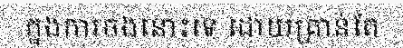
ក្នងការចងនោះទេ ដោយគ្រាន់តែ